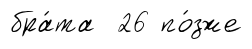
бра́та 26 по́зже